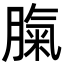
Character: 𦞝